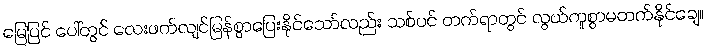
မြေပြင် ပေါ်တွင် လေးဖက်လျင်မြန်စွာပြေးနိုင်သော်လည်း သစ်ပင် တက်ရာတွင် လွယ်ကူစွာမတက်နိုင်ချေ။